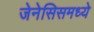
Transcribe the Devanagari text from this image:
जेनेसिसमध्ये